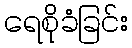
ရေစိုခံခြင်း